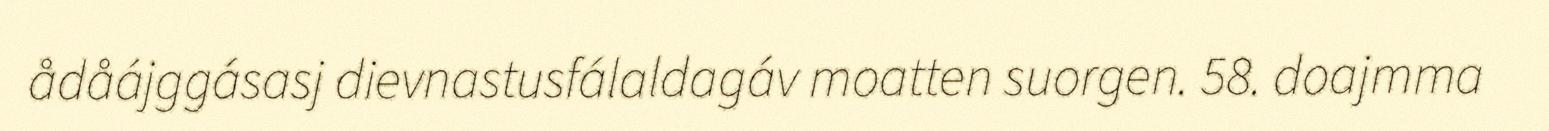
ådåájggásasj dievnastusfálaldagáv moatten suorgen. 58. doajmma